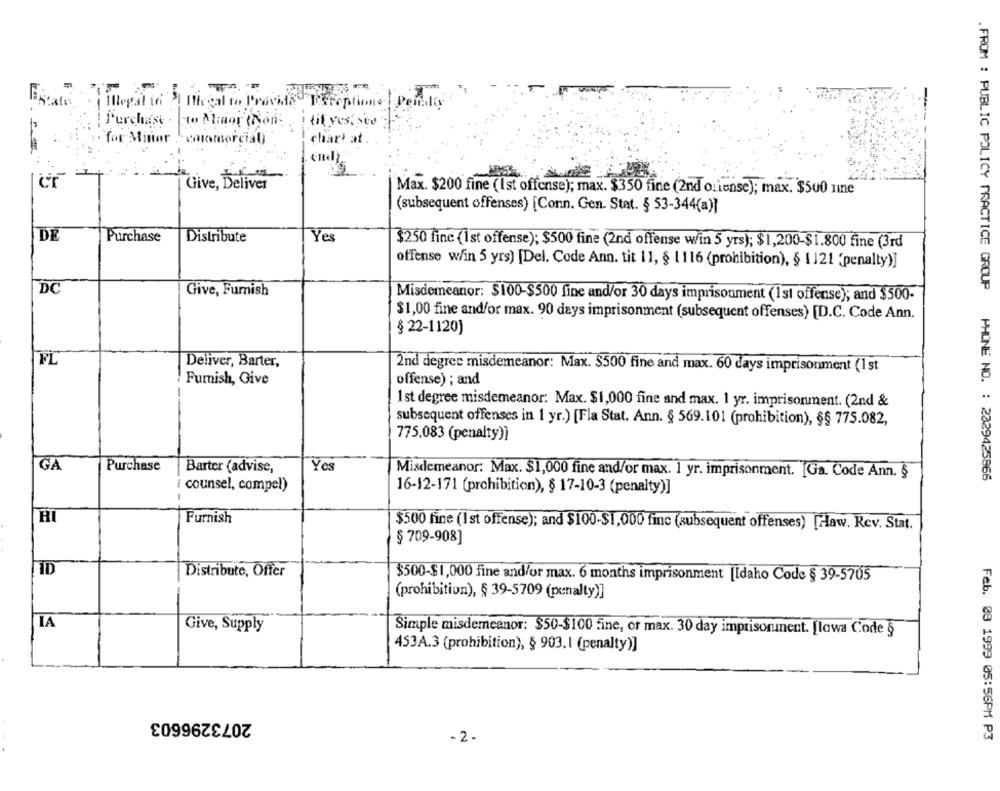
Illegal in 3 Illegal to Provide
Exceptions Per
Purchase - to Minor (Non
i tif yes. see
. for Minor commercial)
char' at
--
Give, Deliver
Max. $200 fine (Ist offense); max. $350 fine (2nd ouiense); max. $500 Imne
(subsequent offenses) [Conn. Gen. Stat. § 53-344(a)]
DE
Purchase
Distribute
Yes
3250 fine (1st offense); $500 fine (2nd offense w/in 5 yrs); $1,200-$1.800 fine (3rd
offense w/in 5 yrs) [Del. Code Ann. tit 11, § 1 116 (prohibition), § 1121 (penalty)]
DC
Give, Furnish
Misdemeanor: $100-$500 fine and/or 30 days imprisonment (1st offense); and $500-
$1,00 fine and/or max. 90 days imprisonment (subsequent offenses) [D.C. Code Ann.
§ 22-1120)
Deliver, Barter,
2nd degree misdemeanor: Max. $500 fine and max. 60 days imprisonment (1 st
Furnish, Give
offense) ; and
1st degree misdemeanor: Max. $1,000 fine and max. 1 yr. imprisonment. (2nd &
subsequent offenses in 1 yr.) [Fla Stat. Ann. § 569.101 (prohibition), §§ 775.082,
775.083 (penalty)]
GA
Purchase
Barter (advise,
Misdemeanor: Max. $1,000 fine and/or max. 1 yr. imprisonment. [Ga. Code Ann. §
. FROM : PUBLIC POLICY PRACTICE GROUP PHONE NO. : 2329425866
counsel, compel)
16-12-171 (prohibition), § 17-10-3 (penalty)]
HI
Furnish
$500 fine (Ist offense); and $100-$1,000 finc (subsequent offenses) [-law. Rev. Stat.
§ 709-908]
ID
Distribute, Offer
$500-$1,000 fine and/or max. 6 months imprisonment [Idaho Code § 39-5705
(prohibition), § 39-5709 (penalty)]
[IA
Give, Supply
Simple misdemeanor: $50-$100 fine, of max. 30 day imprisonment. [lowa Code §
453A.3 (prohibition), § 903. 1 (penalty)]
2073296603
-2-
Feb. 03 1999 05:56PM P3